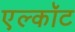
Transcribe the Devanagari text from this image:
एल्कॉट